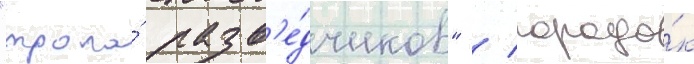
"тропа́ разв'е́дчиков" / городо́к